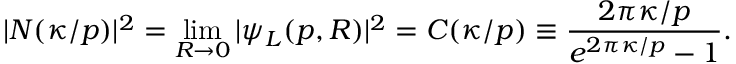
| { \cal N } ( \kappa / p ) | ^ { 2 } = \operatorname * { l i m } _ { R \rightarrow 0 } | \psi _ { L } ( p , R ) | ^ { 2 } = { \cal C } ( \kappa / p ) \equiv \frac { 2 \pi \kappa / p } { e ^ { 2 \pi \kappa / p } - 1 } .